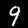
Label: 9